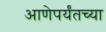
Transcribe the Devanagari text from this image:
आणेपर्यंतच्या